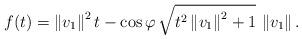
LaTeX: \begin{align*}f(t)=\left\Vert v_{1}\right\Vert ^{2}t-\cos\varphi\, \sqrt{t^{2}\left\Vert v_{1}\right\Vert ^{2}+1}\,\left\Vert v_{1}\right\Vert\mbox{.}\end{align*}